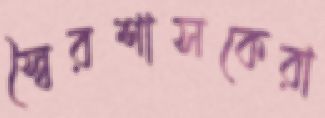
স্বৈরশাসকেরা